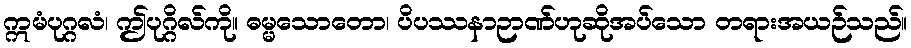
ဣမံပုဂ္ဂလံ၊ ဤပုဂ္ဂိလ်ကို။ ဓမ္မသောတော၊ ပိပဿနာဉာဏ်ဟုဆိုအပ်သော တရားအယဉ်သည်။